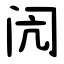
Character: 闶